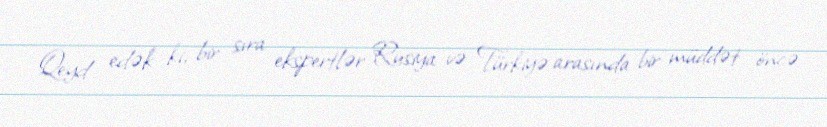
Qeyd edək ki, bir sıra ekspertlər Rusiya və Türkiyə arasında bir müddət öncə